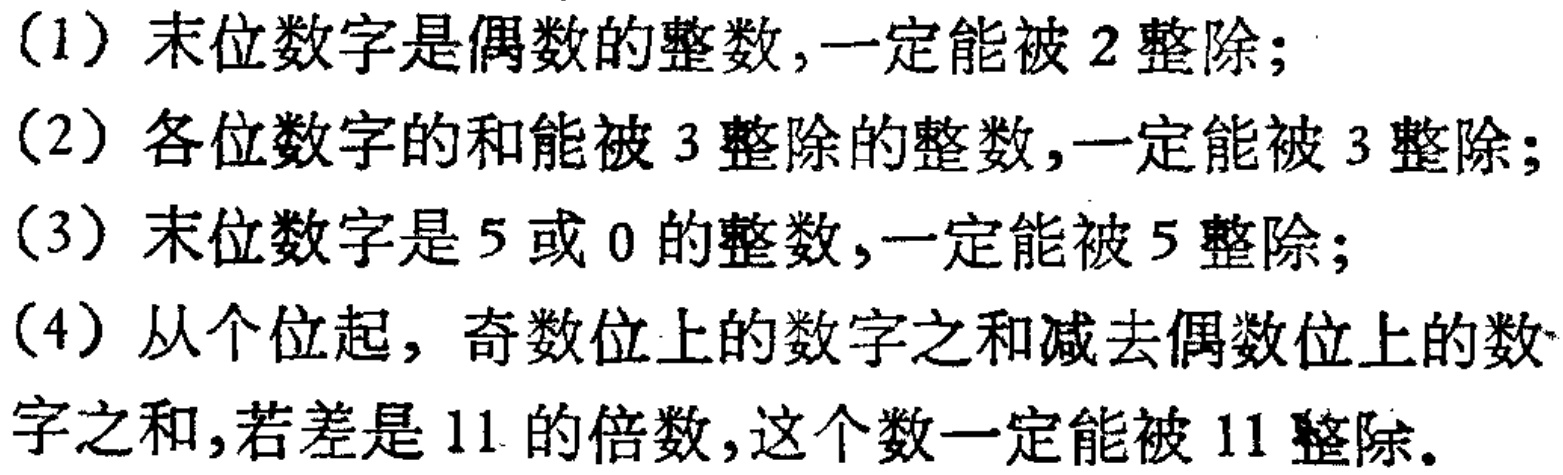
(1) 末位数字是偶数的整数,一定能被 2 整除;

(2) 各位数字的和能被 3 整除的整数,一定能被 3 整除;

(3) 末位数字是 5 或 0 的整数,一定能被 5 整除;

(4) 从个位起, 奇数位上的数字之和减去偶数位上的数字之和,若差是 11 的倍数,这个数一定能被 11 整除。